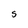
Character: S